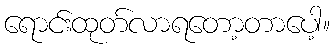
ရောင်းထုတ်လာရတော့တာပေါ့။